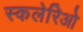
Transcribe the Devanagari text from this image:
स्कलेरिओ